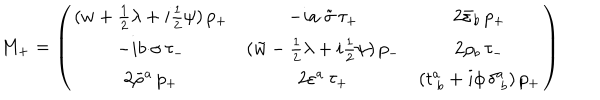
\displaystyle { M _ { + } = \left( \begin{array} { c c c } { { ( w + \textstyle { \frac { 1 } { 2 } } \lambda + i \textstyle { \frac { 1 } { 2 } } \psi ) \, p _ { + } } } & { { - i a { \cdot \tilde { \sigma } } \, \tau _ { + } } } & { { 2 \bar { \varepsilon } _ { b } \, p _ { + } } } \\ { { - i b { \cdot \sigma } \, \tau _ { - } } } & { { ( \tilde { w } - \textstyle { \frac { 1 } { 2 } } \lambda + i \textstyle { \frac { 1 } { 2 } } \psi ) \, p _ { - } } } & { { 2 \rho _ { b } \, \tau _ { - } } } \\ { { 2 \bar { \rho } ^ { a } \, p _ { + } } } & { { 2 \varepsilon ^ { a } \, \tau _ { + } } } & { { ( t _ { ~ b } ^ { a } + i \phi \, \delta _ { ~ b } ^ { a } ) \, p _ { + } } } \\ \end{array} \right) }